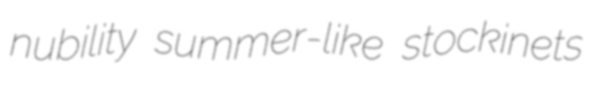
nubility summer-like stockinets